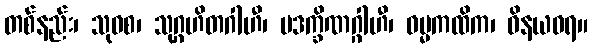
တစ်နည်း၊ သုဝစ၊ သုဂ္ဂဟိတဂါဟီ၊ ပဒက္ခိဏဂ္ဂါဟီ၊ ဓမ္မကထိက၊ ဝိနယဓရ။